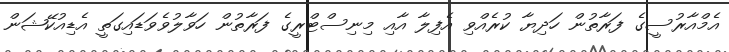
އެމްއާރުސީގެ ފަރާތުން ހަދިޔާ ކުރެއްވި އެފިލާ އާއި މިނިސްޓްރީގެ ފަރާތުން ހަވާލުވެވަޑައިގަތީ އެޑިއުކޭޝަން